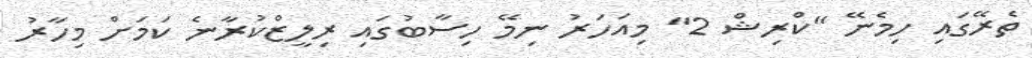
ތެރޭގައި ހިމެނޭ "ކްރިޝް 2" މިއަހަރު ނިމޭ ހިސާބުގައި ރިލީޒްކުރާނެ ކަމަށް މިހާރު